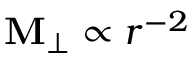
\mathbf { M } _ { \perp } \propto r ^ { - 2 }